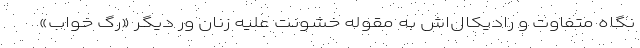
نگاه متفاوت‌‌ و رادیکال‌اش به مقوله خشونت علیه زنان ورِ دیگر «رگ خواب»